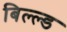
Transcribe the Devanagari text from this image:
बिल्ल्ड